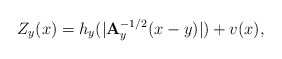
\begin{align*} Z_y(x)=h_y(|{\bf A}_y^{-1/2}(x-y)|)+v(x), \end{align*}